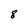
Character: 8